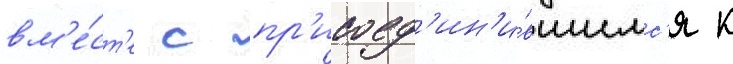
вм'е́ст'е с пр'исоед'ин'и́вшимс'я к